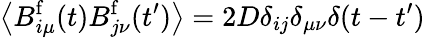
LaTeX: \left<B_{i\mu}^{\mathrm{f}}(t)B_{j\nu}^{\mathrm{f}}(t^{\prime})\right>=2D\delta_{ij}\delta_{\mu\nu}\delta(t-t^{\prime})